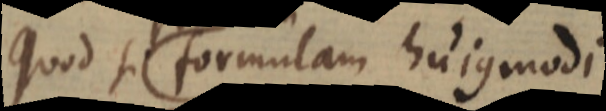
Quod si formulam hujusmodi